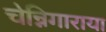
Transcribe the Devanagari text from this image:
चेन्निगाराया